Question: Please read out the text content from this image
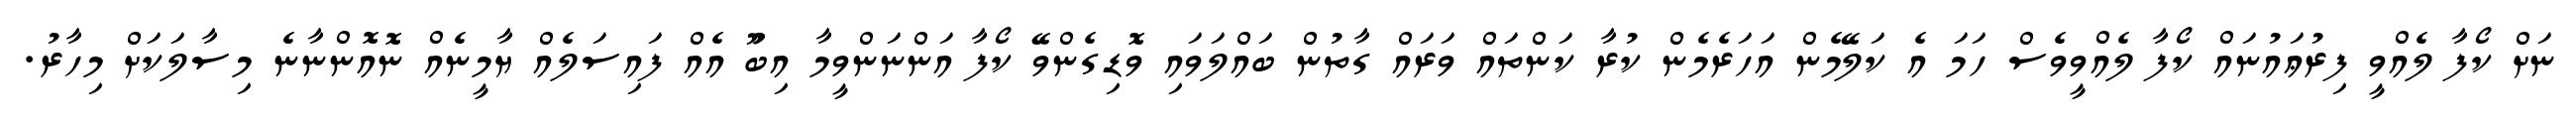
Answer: ނަށް ކޯފާ ލެއްވީ ފިރުޢައުނައް ކޯފާ ލެއްވީވެސް ހަމަ އެ ކަލޭމެން އަހަރެމެން ކުރާ ކަންތައް ވަރައް ގާތުން ބައްލަވައި ވޮޑިގެންވޭ ކޯފާ އަންނަންވީމާ އިބޫު އެއް ފައިސަލެއް ޔާމީނެއް ނޮއޮންނާނެ މިސާލަކަށް މިހާރު.